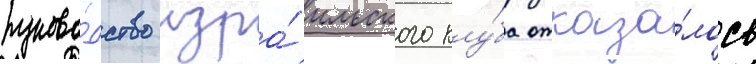
руково́дство изра́ильского клу́ба отказа́лось